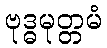
ဗုဒ္ဓမုတ္တမံ